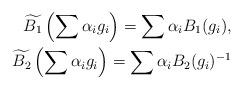
LaTeX: \begin{align*}\widetilde{B_1}\left(\sum \alpha_ig_i\right)=\sum \alpha_i B_1(g_i), \\\widetilde{B_2}\left(\sum \alpha_ig_i\right)=\sum \alpha_i B_2(g_i)^{-1}\end{align*}